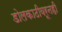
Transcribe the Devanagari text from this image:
डोलकाठीवरूनही